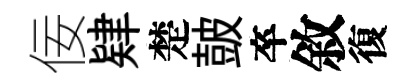
佞肄楚皷卒敘復